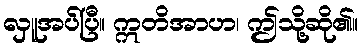
လှူအပ်ပြီ။ ဣတိအာဟ၊ ဤသို့ဆို၏။